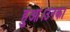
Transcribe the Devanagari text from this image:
हुआ।उनका